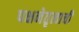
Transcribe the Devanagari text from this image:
पक्षनेतृत्वाची